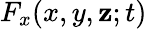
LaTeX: F_{x}(x,y,\mathbf{z};t)